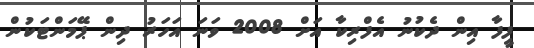
ފީފާ އިން ދެކުނު އެފްރިކާ އަށް 2008 ވަނަ އަހަރު ދިން ޕޭމަންޓަކުން